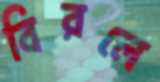
বিরলে